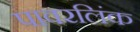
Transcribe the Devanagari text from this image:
पावरलिंक